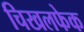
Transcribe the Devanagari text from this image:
चिखलफेक